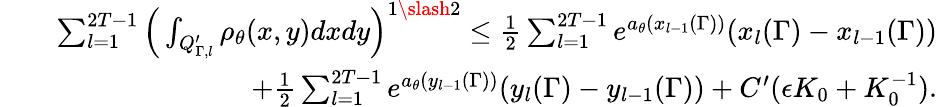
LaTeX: \begin{array}{rlr}&{}&{\sum_{l=1}^{2T-1}\Big(\int_{Q_{\Gamma,l}^{\prime}}\rho_{\theta}(x,y)dxdy\Big)^{1\slash 2}\leq\frac{1}{2}\sum_{l=1}^{2T-1}e^{a_{\theta}(x_{l-1}(\Gamma))}(x_{l}(\Gamma)-x_{l-1}(\Gamma))}\\ &{}&{\quad\quad\quad+\frac{1}{2}\sum_{l=1}^{2T-1}e^{a_{\theta}(y_{l-1}(\Gamma))}(y_{l}(\Gamma)-y_{l-1}(\Gamma))+C^{\prime}(\epsilon K_{0}+K_{0}^{-1}).}\end{array}